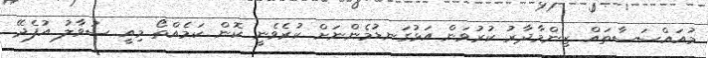
މުއައްސަސާތައް ޒިންމާދާރު ކުރުވަން އަޅުގަނޑުމެންނަށް ކުރެވެނީ ކޮން ކަމެއްތޯ މިއީ ސުވާލު އުފެދޭ